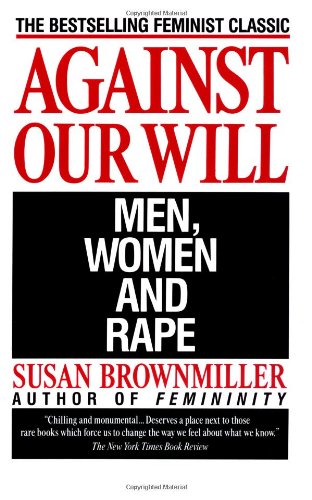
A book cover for Against Our Will: Men, Women, and Rape; Susan Brownmiller; Politics & Social Sciences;